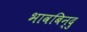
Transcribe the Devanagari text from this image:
भावबिन्दु